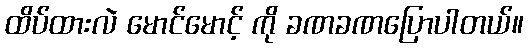
ထိပ်ထားလဲ မောင်မောင့် ကို ခဏခဏပြောပါတယ်။